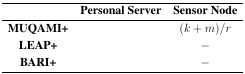
<table><thead><tr><td>[EMPTY_CELL]</td><td><b>Personal Server</b></td><td><b>Sensor Node</b></td></tr></thead><tbody><tr><td><b>MUQAMI+</b></td><td>[EMPTY_CELL]</td><td>(<i>k</i> + <i>m</i>)<i>/r</i></td></tr><tr><td><b>LEAP+</b></td><td>[EMPTY_CELL]</td><td>−</td></tr><tr><td><b>BARI+</b></td><td>[EMPTY_CELL]</td><td>−</td></tr></tbody></table>